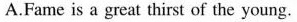
A.Fame is a great thirst of the young.